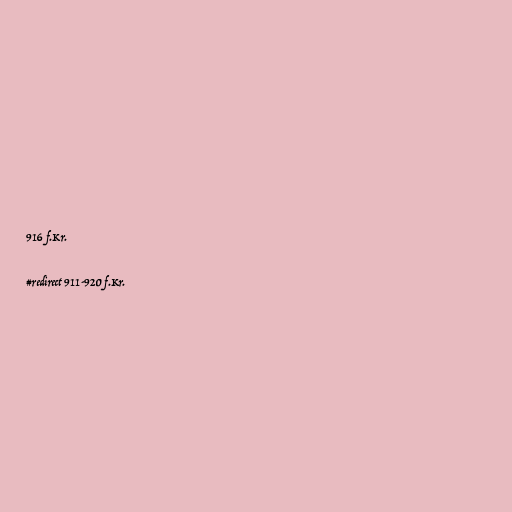
916 f.Kr.

#redirect 911-920 f.Kr.